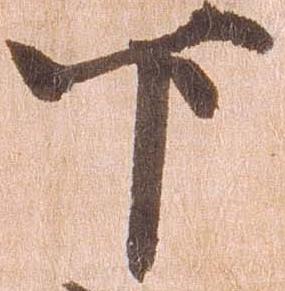
下